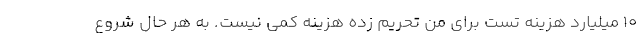
10 میلیارد هزینه تست برای من تحریم زده هزینه کمی نیست. به هر حال شروع